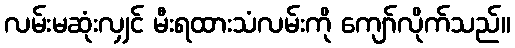
လမ်းမဆုံးလျှင် မီးရထားသံလမ်းကို ကျော်လိုက်သည်။